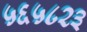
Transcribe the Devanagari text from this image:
५६५८२३